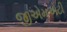
જીએમએટી